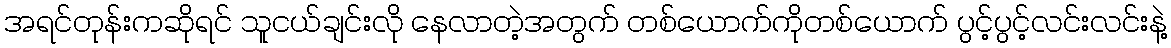
အရင်တုန်းကဆိုရင် သူငယ်ချင်းလို နေလာတဲ့အတွက် တစ်ယောက်ကိုတစ်ယောက် ပွင့်ပွင့်လင်းလင်းနဲ့